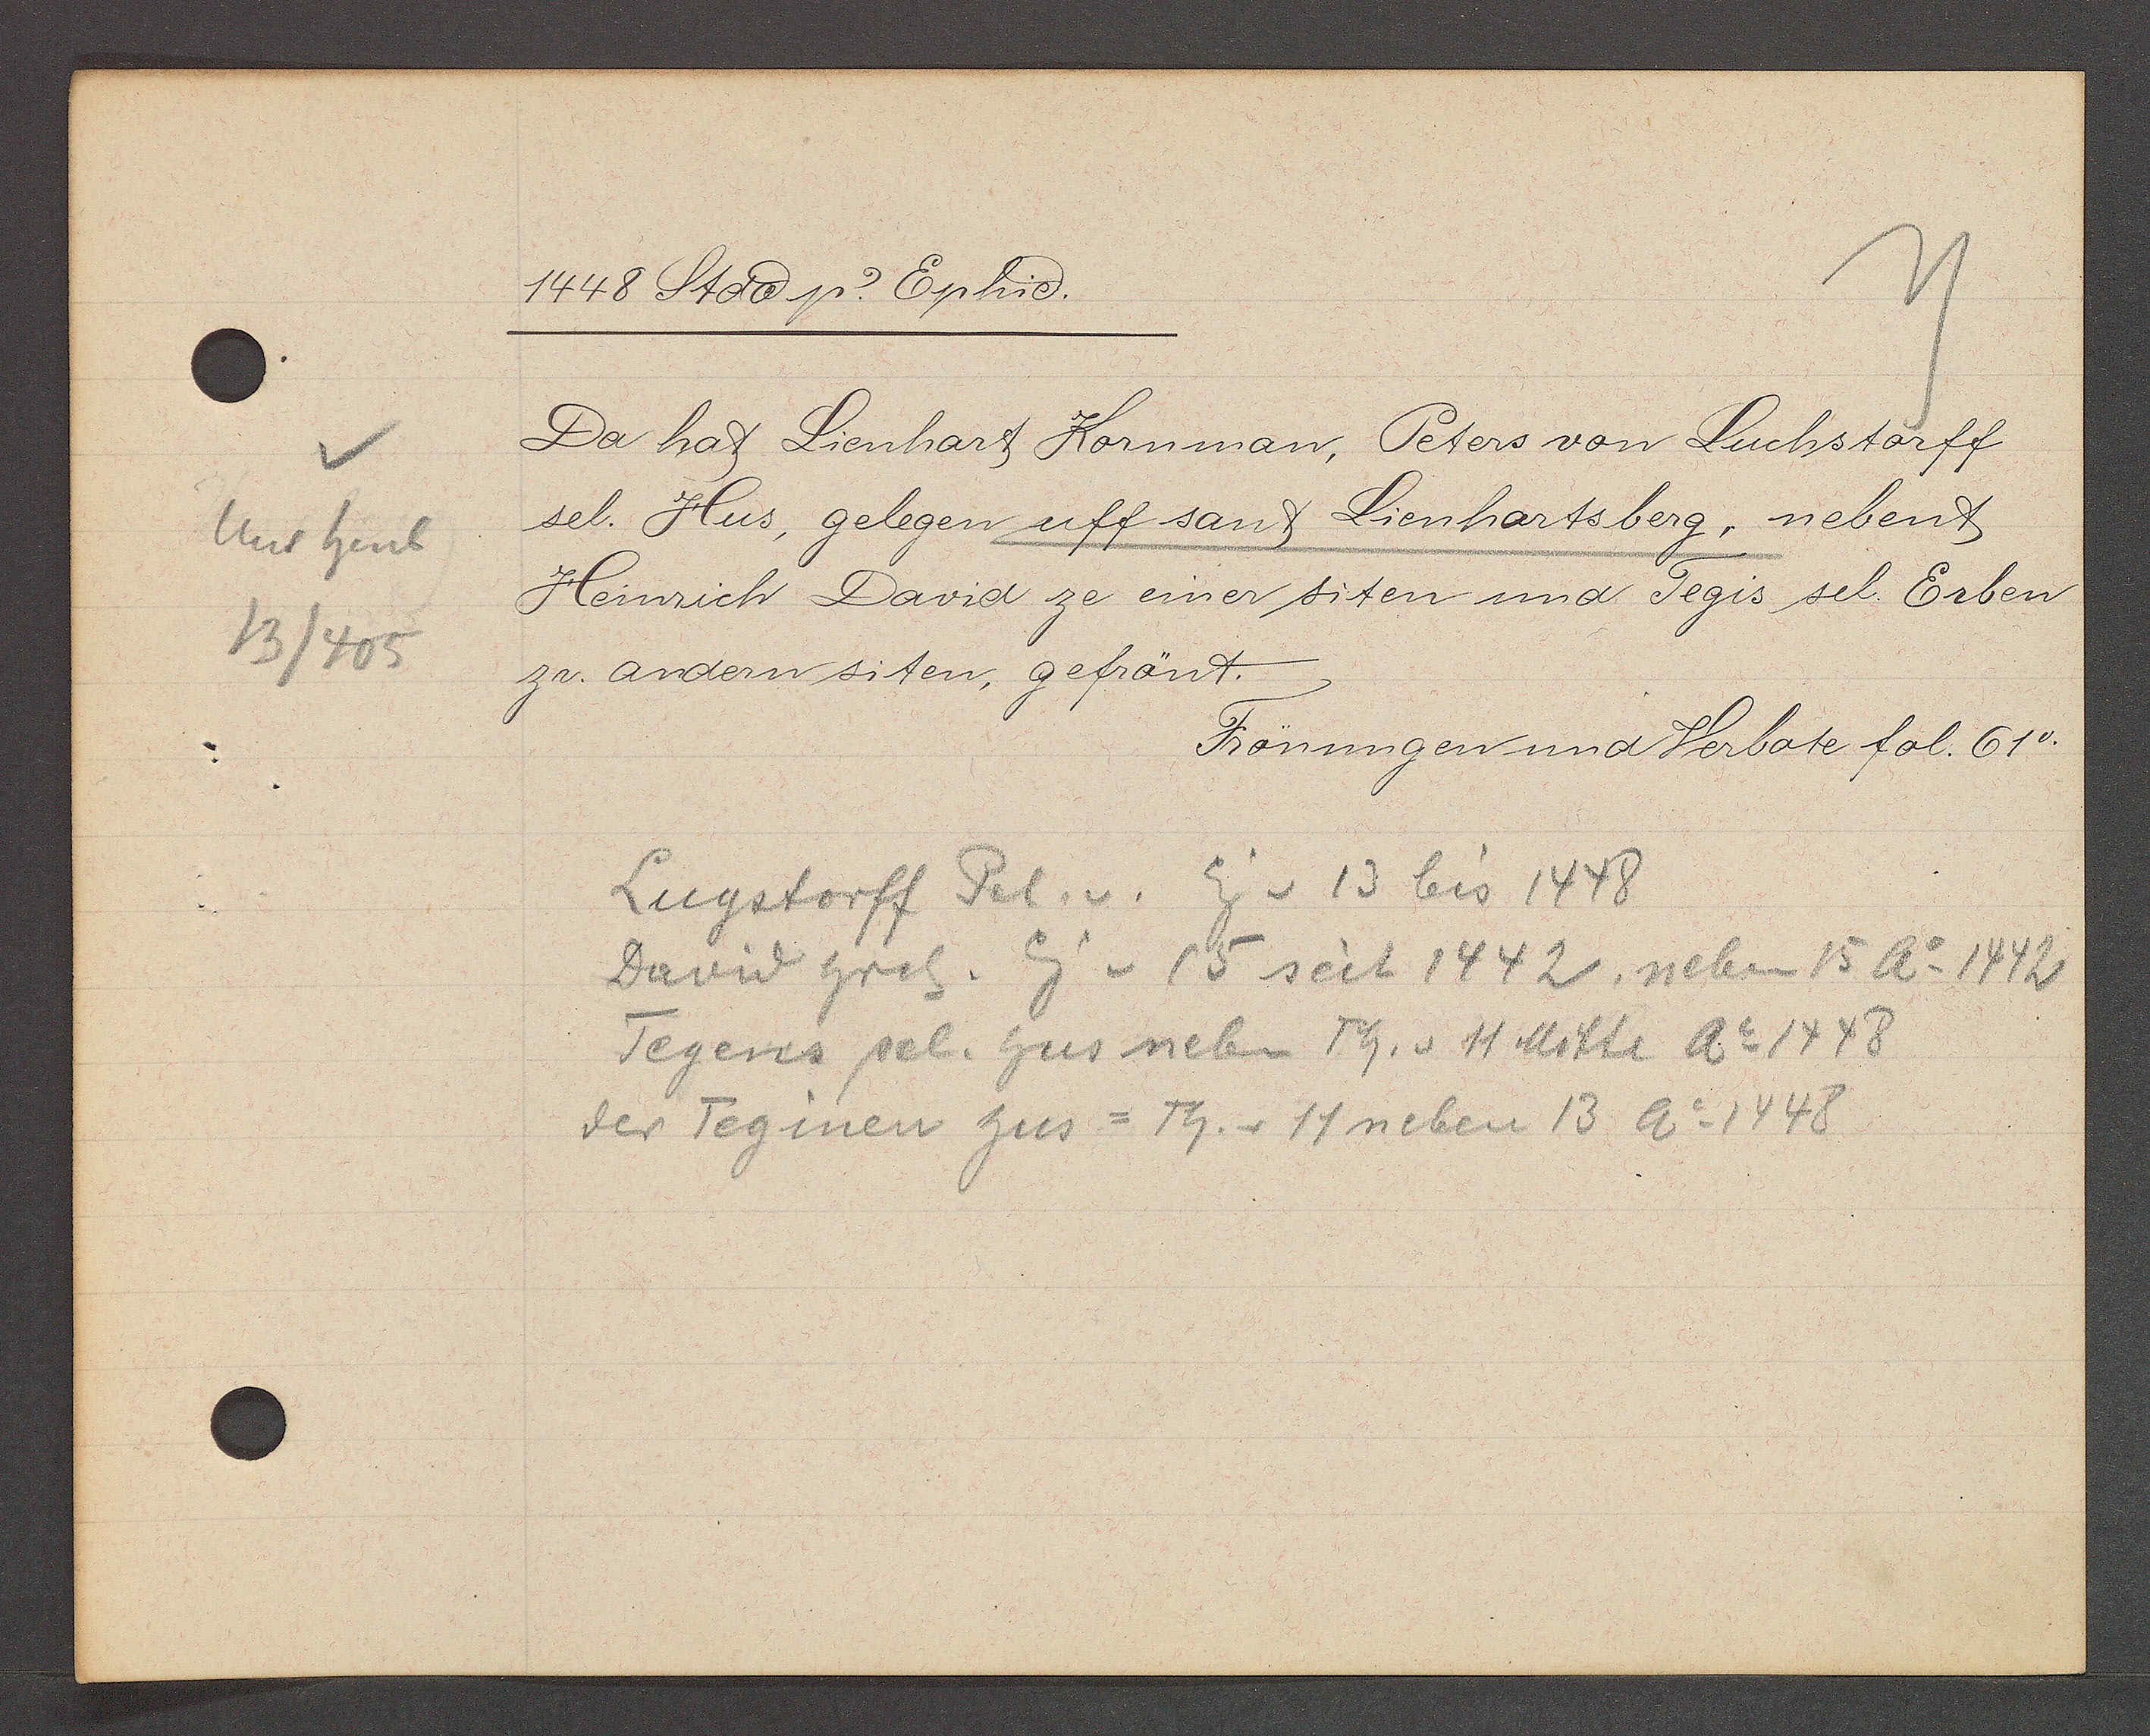
Transcript:
Unt heub
13/405

1448 Stadt p. Ephie.

Da hat Lienhart Kornman, Peters von Luchstorff
sel. Hus, gelegen uff sant Lienhartsberg, nebent
Heinrich David ze einer siten und Tegis sel. Erben
zr. andern siten, gefrönt.

Frönungen und Verbote fol. 61v.

Lugstorff Pet. v. Eig v 13 bis 1448
David hrch. Eig v 15 seit 1442, neben 15 Ao 1442
Tegens sel. hus neben Th. v. 11 Mitte Ao 1448
der Teginen hus = Th. v 11 neben 13 Ao 1448